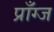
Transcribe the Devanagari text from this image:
प्राँग्ज